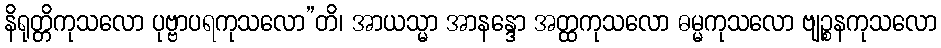
နိရုတ္တိကုသလော ပုဗ္ဗာပရကုသလော”တိ၊ အာယသ္မာ အာနန္ဒော အတ္ထကုသလော ဓမ္မကုသလော ဗျဉ္စနကုသလော